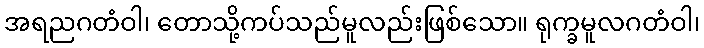
အရညဂတံဝါ၊ တောသို့ကပ်သည်မူလည်းဖြစ်သော။ ရုက္ခမူလဂတံဝါ၊